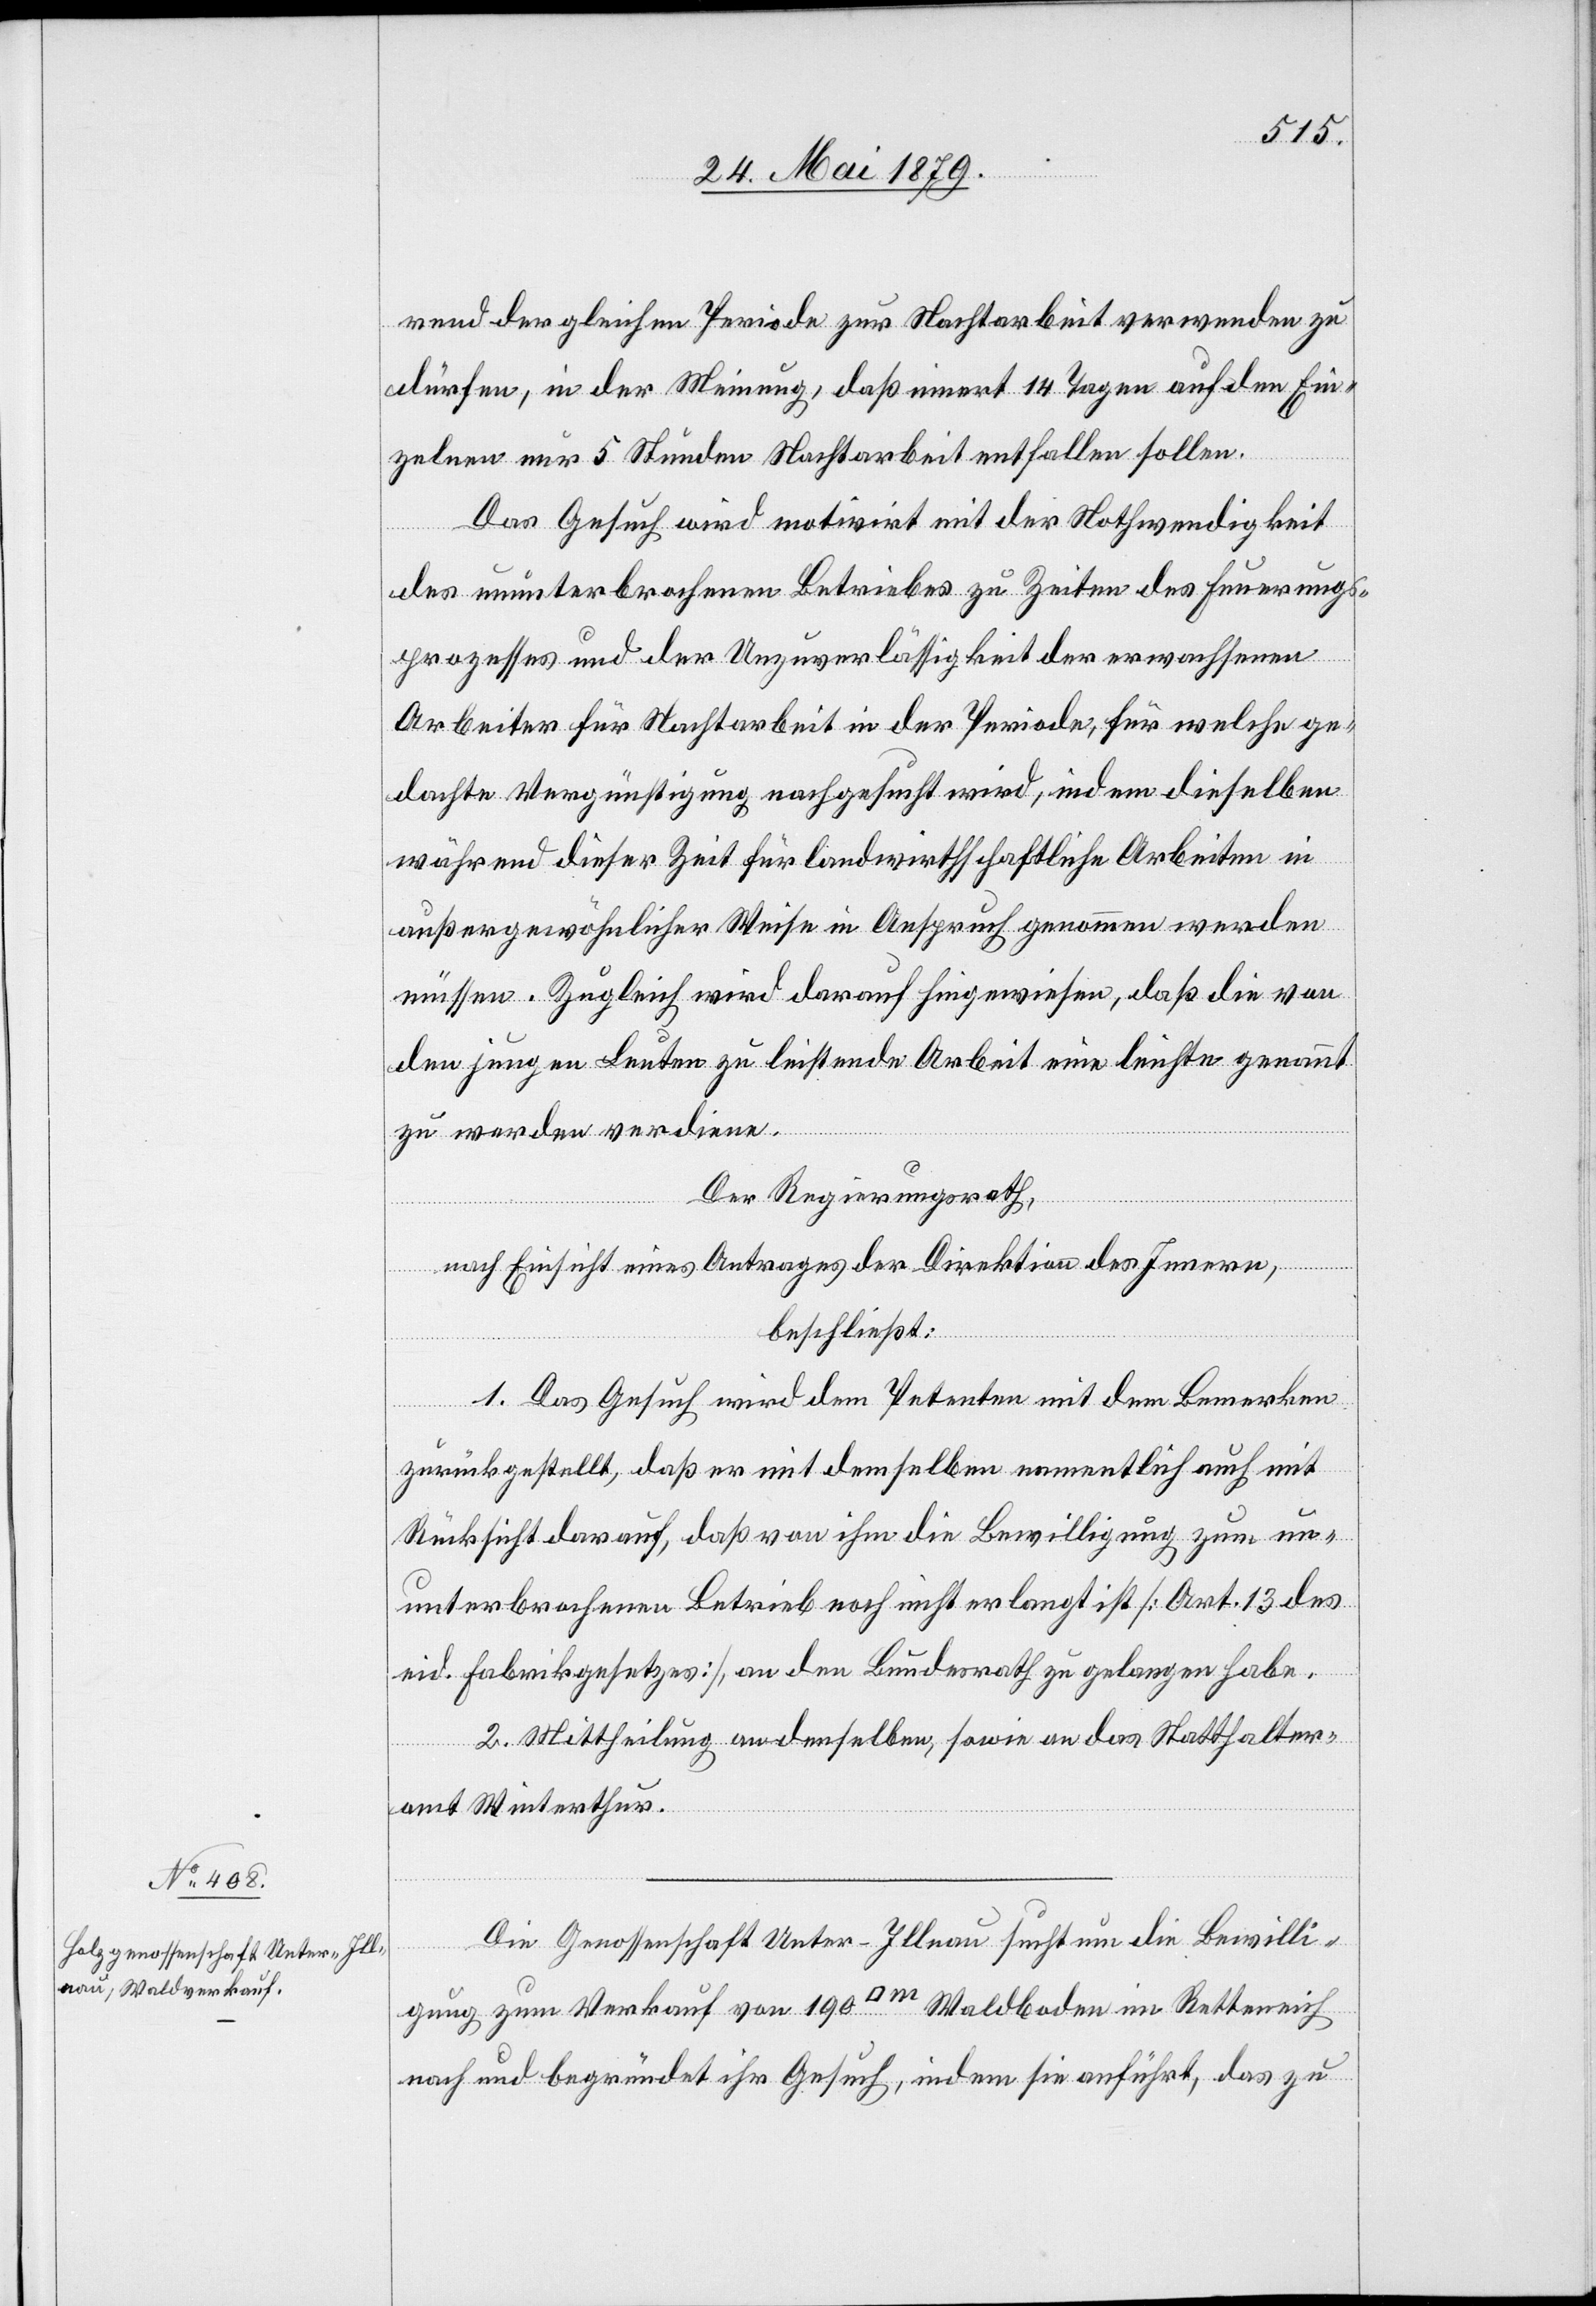
rend der gleichen Periode zur Nachtarbeit verwenden zu
dürfen, in der Meinung, daß innert 14 Tagen auf den Ein¬
zelnen nur 5 Stunden Nachtarbeit entfallen sollen.
Das Gesuch wird motivirt mit der Nothwendigkeit
des ununterbrochenen Betriebes zu Zeiten des Feuerungs¬
prozesses und der Unzuverlässigkeit der erwachsenen
Arbeiter für Nachtarbeit in der Periode, für welche ge¬
dachte Vergünstigung nachgesucht wird, indem dieselben
während dieser Zeit für landwirthschaftliche Arbeiten in
außergewöhnlicher Weise in Anspruch genommen werden
müssen. Zugleich wird darauf hingewiesen, daß die von
den jungen Leuten zu leistende Arbeit eine leichte genannt
zu werden verdiene.
Der Regierungsrath,
nach Einsicht eines Antrages der Direktion des Innern,
beschließt:
1. Das Gesuch wird dem Petenten mit dem Bemerken
zurückgestellt, daß er mit demselben namentlich auch mit
Rücksicht darauf, daß von ihm die Bewilligung zum un¬
unterbrochenen Betrieb noch nicht erlangt ist [Art. 13 des
eid. Fabrikgesetzes], an den Bundesrath zu gelangen habe.
2. Mittheilung an denselben, sowie an das Statthalter¬
amt Winterthur.
Die Genossenschaft Unter-Illnau sucht um die Bewilli¬
gung zum Verkauf von 190 [Quadratmeter] Waldboden im Retteneich
nach und begründet ihr Gesuch, indem sie anführt, das zu